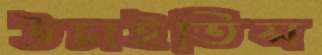
উচাইতিস